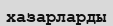
хазарларды